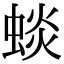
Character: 䗊